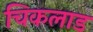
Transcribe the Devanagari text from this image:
चिकलाड